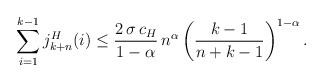
\begin{align*} \sum\limits_{i=1}^{k-1} j_{k+n}^H(i)\leq \frac{2\,\sigma\,c_H}{1-\alpha}\,n^{\alpha}\left(\frac{k-1}{n+k-1}\right)^{1-\alpha}.\end{align*}